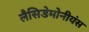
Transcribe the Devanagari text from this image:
लैसिडेमोनीयंस